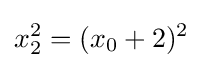
x_{2}^{2}=(x_{0}+2)^{2}